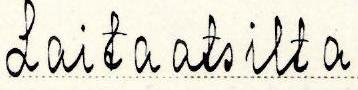
Laitaatsilta